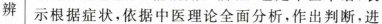
辨 示根据症状，依据中医理论全面分析，作出判断，进